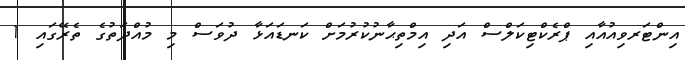
އިންޓަރވިއުއާއި ޕްރެކްޓިކަލްސް އަދި އިމްތިޙާނުކުރުމަށް ކަނޑައަޅާ ދުވަސް މި މުއްދަތުގެ ތެރޭގައި 1